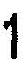
1